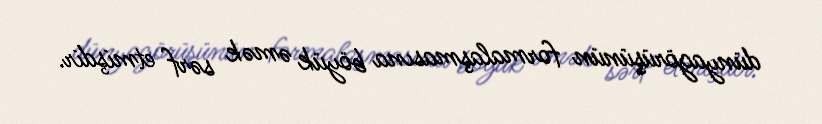
dünyagörüşünün formalaşmasına böyük əmək sərf etmişdir.